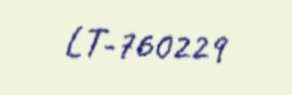
LT-760229